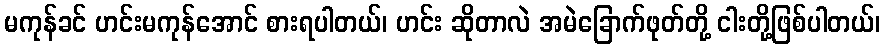
မကုန်ခင် ဟင်းမကုန်အောင် စားရပါတယ်၊ ဟင်း ဆိုတာလဲ အမဲခြောက်ဖုတ်တို့ ငါးတို့ဖြစ်ပါတယ်၊